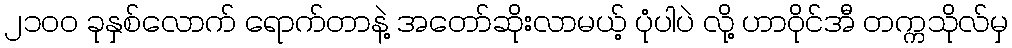
၂၁၀၀ ခုနှစ်လောက် ရောက်တာနဲ့ အတော်ဆိုးလာမယ့် ပုံပါပဲ လို့ ဟာဝိုင်အီ တက္ကသိုလ်မှ